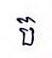
ប៊